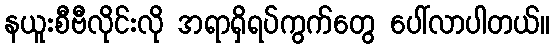
နယူးစီဗီလိုင်းလို အရာရှိရပ်ကွက်တွေ ပေါ်လာပါတယ်။